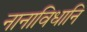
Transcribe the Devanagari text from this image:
नानाविधानि